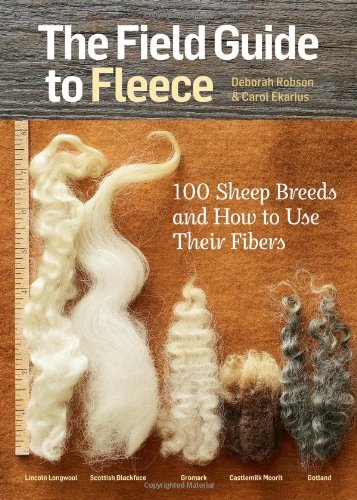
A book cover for The Field Guide to Fleece: 100 Sheep Breeds & How to Use Their Fibers; Carol Ekarius; Crafts, Hobbies & Home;